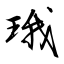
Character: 珴